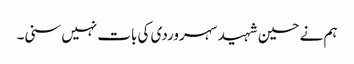
ہم نے حسین شہید سہروردی کی بات نہیں سنی۔